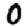
Digit: 0